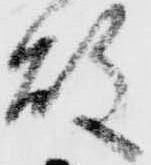
故